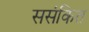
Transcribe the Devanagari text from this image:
ससंकित